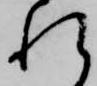
れ